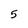
Character: 5